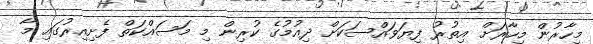
މިހާރުން މިހާރަށް އިތުރު ފިޔަވައްސަކަށް ދިއުމުގެ ކުރިން މި މަސައްކަތް ފެށިއިރުގައި މާ